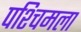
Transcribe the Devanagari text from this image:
पश्‍चिमला